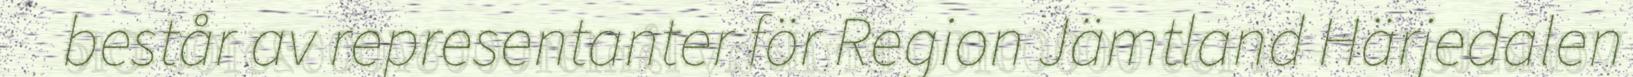
består av representanter för Region Jämtland Härjedalen